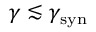
\gamma \lesssim \gamma _ { \mathrm { s y n } }